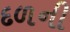
દળની